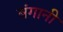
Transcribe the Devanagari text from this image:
बंगानी